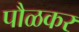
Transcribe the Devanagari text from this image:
पौळकर